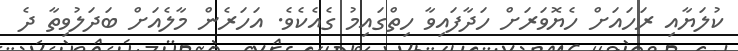
ކުލަޔާއި ރަހައަށް ހެޔޮވަރަށް ހަދާފައިވާ ހިތްގައިމު ގެއެެކެވެ. އަހަރެން މާލެއަށް ބަދަލުވިތާ ދެ